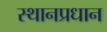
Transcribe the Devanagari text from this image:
स्थानप्रधान